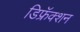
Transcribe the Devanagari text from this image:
डिफ्रॅक्शन